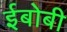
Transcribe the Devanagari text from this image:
ईबोबी